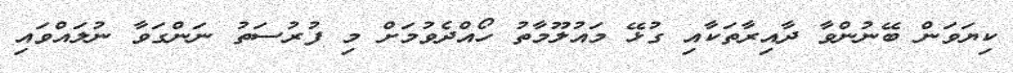
ކިޔަވަން ބޭނުންވާ ދާއިރާތަކާއި ގުޅޭ މައުލޫމާތު ހޯއްދެވުމަށް މި ފުރުސަތު ނަންގަވާ ނުލައްވައި